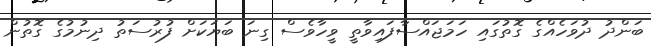
ބަންދު ދުވަހެއްގެ ގޮތުގައި ހަމަޖައްސާފައިވާތީ ވީހާވެސް ގިނަ ބަޔަކަށް ފުރުސަތު ދިނުމުގެ ގޮތުން